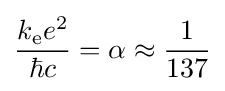
{\frac {k_{\mathrm {e} }e^{2}}{\hbar c}}=\alpha \approx {\frac {1}{137}}